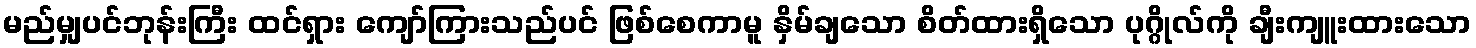
မည်မျှပင်ဘုန်းကြီး ထင်ရှား ကျော်ကြားသည်ပင် ဖြစ်စေကာမူ နှိမ်ချသော စိတ်ထားရှိသော ပုဂ္ဂိုလ်ကို ချီးကျူးထားသော